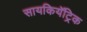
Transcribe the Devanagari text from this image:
सायकियॅट्रिक